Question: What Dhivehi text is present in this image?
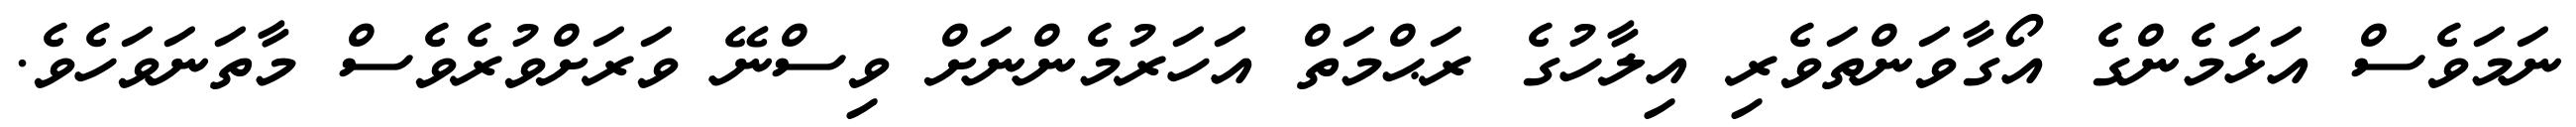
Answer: ނަމަވެސް އަޅަމެންގެ އޯގާވަންތަވެރި އިލާހުގެ ރަޙްމަތް އަހަރުމެންނަށް ވިސްނޭ ވަރަށްވުރެވެސް މާތަނަވަހެވެ.